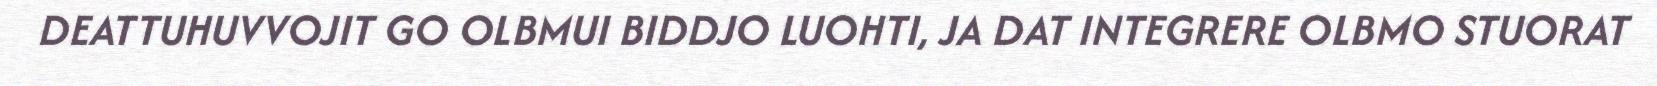
DEATTUHUVVOJIT GO OLBMUI BIDDJO LUOHTI, JA DAT INTEGRERE OLBMO STUORAT